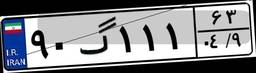
۹۰گ۱۱۱۶۳